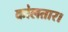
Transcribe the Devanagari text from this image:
कोलतार।